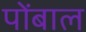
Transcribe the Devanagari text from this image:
पोंबाल